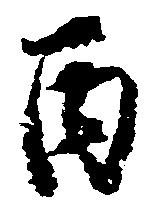
丙